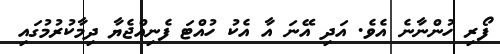
ފޯރި ހުންނާނެ އެވެ. އަދި އޭނަ އާ އެކު ހުއްޓަ ފެނިއްޖެޔާ ދިމާކުރުމުގައި